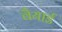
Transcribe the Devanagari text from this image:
वैयार्ड